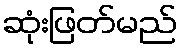
ဆုံးဖြတ်မည်